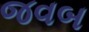
જવબ